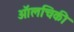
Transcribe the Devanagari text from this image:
ऑलचिकी